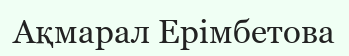
Ақмарал Ерімбетова